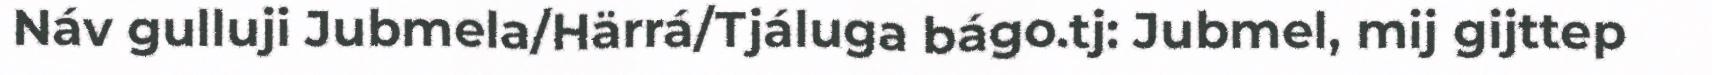
Náv gulluji Jubmela/Härrá/Tjáluga bágo.tj: Jubmel, mij gijttep